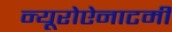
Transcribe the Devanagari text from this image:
न्यूरोऐनाटमी